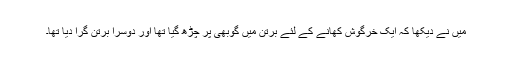
میں نے دیکھا کہ ایک خرگوش کھانے کے لئے برتن میں گوبھی پر چڑھ گیا تھا اور دوسرا برتن گرا دیا تھا۔